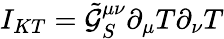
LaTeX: I_{KT}=\tilde{\mathcal{G}}_{S}^{\mu\nu}\partial_{\mu}T\partial_{\nu}T